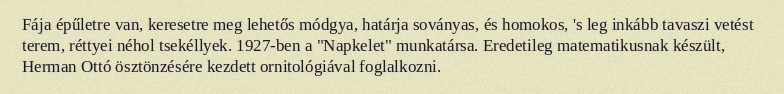
Fája épűletre van, keresetre meg lehetős módgya, határja soványas, és homokos, 's leg inkább tavaszi vetést terem, réttyei néhol tsekéllyek. 1927-ben a "Napkelet" munkatársa. Eredetileg matematikusnak készült, Herman Ottó ösztönzésére kezdett ornitológiával foglalkozni.